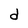
Character: d